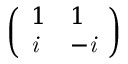
\left( \begin{array} { l l } { 1 } & { 1 } \\ { \it { i } } & { - \it { i } } \end{array} \right)